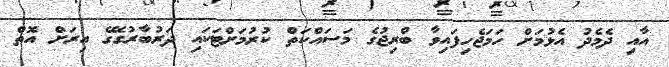
އާއި ދެމެދު އެޅުމަށް ހަމަޖެހިފައިވާ ބްރިޖުގެ މަސައްކަތް ކުރުމަށްޓަކައި ދަރުބާރުގޭގެ އިރަށް އޮތް